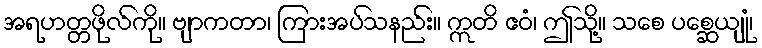
အရဟတ္တဖိုလ်ကို။ ဗျာကတာ၊ ကြားအပ်သနည်း။ ဣတိ ဧဝံ၊ ဤသို့။ သစေ ပစ္ဆေယျုံ၊